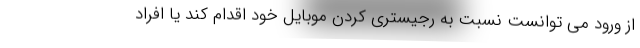
از ورود می توانست نسبت به رجیستری کردن موبایل خود اقدام کند یا افراد